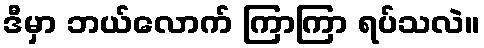
ဒီမှာ ဘယ်လောက် ကြာကြာ ရပ်သလဲ။